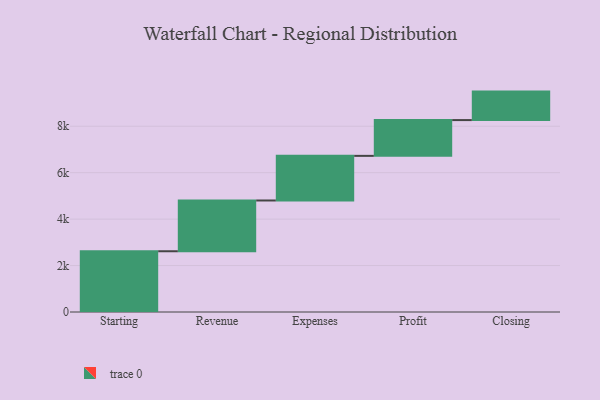
{"axis": {"x": "Step", "y": "Value"}, "legend": [""], "data": [{"x": "Starting", "y": 2616.0, "type": ""}, {"x": "Revenue", "y": 2186.0, "type": ""}, {"x": "Expenses", "y": 1922.0, "type": ""}, {"x": "Profit", "y": 1540.0, "type": ""}, {"x": "Closing", "y": 1227.0, "type": ""}]}